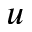
u